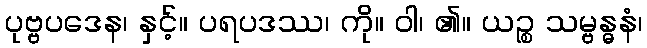
ပုဗ္ဗပဒေန၊ နှင့်။ ပရပဒဿ၊ ကို။ ဝါ၊ ၏။ ယဉ္စ သမ္ဗန္ဓနံ၊